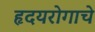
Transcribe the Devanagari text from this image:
हृदयरोगाचे